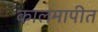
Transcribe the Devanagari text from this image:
कालमापीत